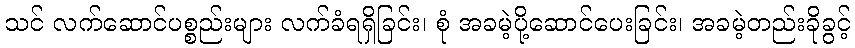
သင် လက်ဆောင်ပစ္စည်းများ လက်ခံရရှိခြင်း၊ စုံ အခမဲ့ပို့ဆောင်ပေးခြင်း၊ အခမဲ့တည်းခိုခွင့်